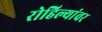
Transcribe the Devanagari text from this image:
रोहिल्यांवर